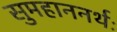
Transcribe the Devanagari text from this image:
सुमहाननर्थः